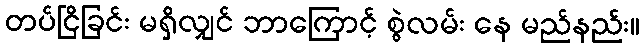
တပ်ငြိခြင်း မရှိလျှင် ဘာကြောင့် စွဲလမ်း နေ မည်နည်း။